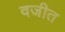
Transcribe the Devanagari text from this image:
वजीत